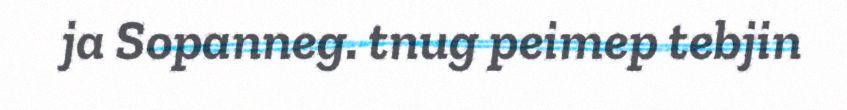
ja Sopanneg. tnug peimep tebjin